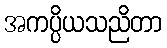
အကပ္ပိယသညိတာ